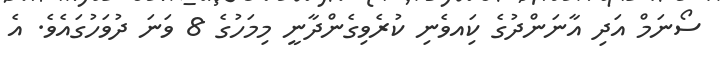
ސޯނަމް އަދި އާނަންދުގެ ކަިއވެނި ކުރެވިގެންދާނީ މިމަހުގެ 8 ވަނަ ދުވަހުގައެވެ. އެ